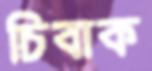
চিবাক